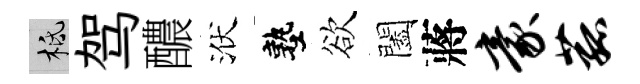
柢驾醲洑塾欲闔蔣豪菰